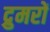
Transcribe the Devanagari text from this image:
द्रुमरों